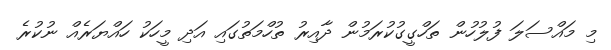
މި މައްސަލަ ފުލުހުން ތަހްގީގުކުރަމުން ދާއިރު ތުހްމަތުގައި އަދި މީހަކު ހައްޔަރެއް ނުކުރެ